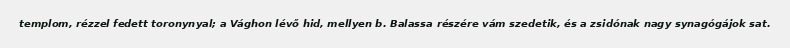
templom, rézzel fedett toronynyal; a Vághon lévő hid, mellyen b. Balassa részére vám szedetik, és a zsidónak nagy synagógájok sat.